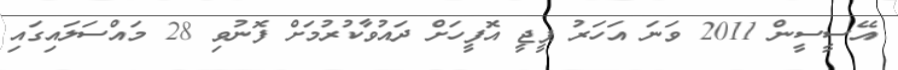
އޭސީސީން 2011 ވަނަ އަހަރު ޕީޖީ އޮފީހަށް ދައުވާކުރުމަށް ފޮނުވި 28 މައްސަލައިގައި